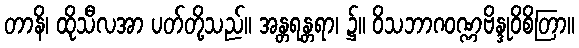
တာနိ၊ ထိုသီလအာ ပတ်တို့သည်။ အန္တရန္တရာ၊ ၌။ ဝိသဘာဂဝဏ္ဏဗိန္ဒုဝိစိတြာ။